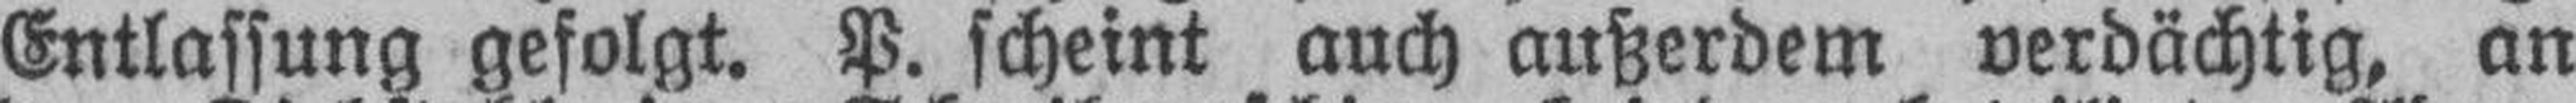
Entlassung gefolgt. P. scheint auch außerdem verdächtig, an